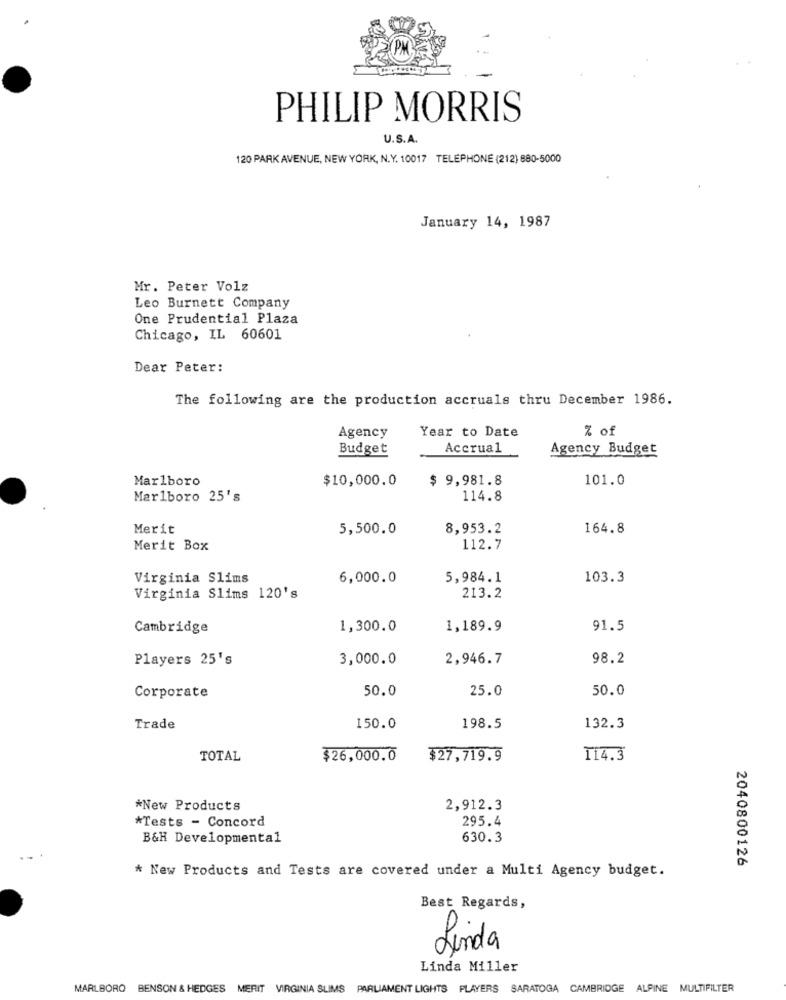
PHILIP MORRIS
U.S.A.
120 PARK AVENUE, NEW YORK, N.Y. 10017 TELEPHONE (212) 880-5000
January 14, 1987
Mr. Peter Volz
Leo Burnett Company
One Prudential Plaza
Chicago, IL 60601
Dear Peter:
The following are the production accruals thru December 1986.
Year to Date
% of
Agency
Budget
Accrual
Agency Budget
Marlboro
$10,000.0
$ 9,981.8
101.0
Marlboro 25's
114.8
Merit
5,500.0
8,953.2
164.8
Merit Box
112.7
Virginia Slims
6,000.0
5,984.1
103.3
Virginia Slims 120's
213.2
Cambridge
1,300.0
1,189.9
91.5
Players 25's
3,000.0
2,946.7
98.2
50.0
25.0
50.0
Corporate
Trade
150.0
198.5
132.3
TOTAL
$26,000.0
$27,719.9
114.3
*New Products
2,912.3
*Tests - Concord
295.4
B&H Developmental
630.3
2040800126
* New Products and Tests are covered under a Multi Agency budget.
Best Regards,
P.
Linda
Linda Miller
MARLBORO
BENSON & HEDGES MERIT VIRGINIA SLIMS
PARLIAMENT LIGHTS PLAYERS SARATOGA CAMBRIDGE ALPINE MULTIFILTER